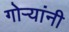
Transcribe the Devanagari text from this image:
गोऱ्यांनी